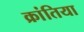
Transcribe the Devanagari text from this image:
क्रांतिया